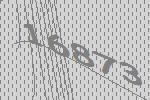
16873